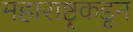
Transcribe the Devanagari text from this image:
महाराष्ट्रकडून